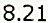
8.21